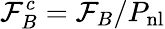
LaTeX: \mathcal{F}_{B}^{c}=\mathcal{F}_{B}/P_{\mathrm{nl}}